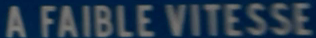
A FAIBLE VITESSE